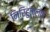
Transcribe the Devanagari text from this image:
निरिहुल्लक